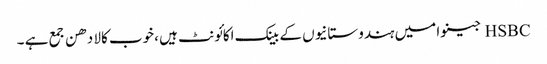
HSBC جینوا میں ہندوستانیوں کے بینک اکائونٹ ہیں ،خوب کالا دھن جمع ہے ۔